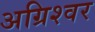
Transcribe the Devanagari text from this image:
अग्रिश्वर